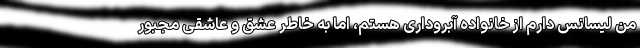
من لیسانس دارم از خانواده آبروداری هستم، اما به خاطر عشق و عاشقی مجبور